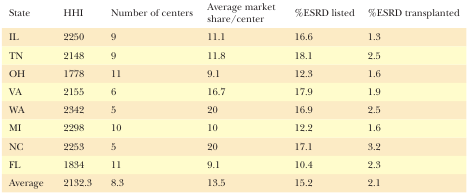
<table><thead><tr><td><b>State</b></td><td><b>HHI</b></td><td><b>Number of centers</b></td><td><b>Average market share/center</b></td><td><b>%ESRD listed</b></td><td><b>%ESRD transplanted</b></td></tr></thead><tbody><tr><td>IL</td><td>2250</td><td>9</td><td>11.1</td><td>16.6</td><td>1.3</td></tr><tr><td>TN</td><td>2148</td><td>9</td><td>11.8</td><td>18.1</td><td>2.5</td></tr><tr><td>OH</td><td>1778</td><td>11</td><td>9.1</td><td>12.3</td><td>1.6</td></tr><tr><td>VA</td><td>2155</td><td>6</td><td>16.7</td><td>17.9</td><td>1.9</td></tr><tr><td>WA</td><td>2342</td><td>5</td><td>20</td><td>16.9</td><td>2.5</td></tr><tr><td>MI</td><td>2298</td><td>10</td><td>10</td><td>12.2</td><td>1.6</td></tr><tr><td>NC</td><td>2253</td><td>5</td><td>20</td><td>17.1</td><td>3.2</td></tr><tr><td>FL</td><td>1834</td><td>11</td><td>9.1</td><td>10.4</td><td>2.3</td></tr><tr><td>Average</td><td>2132.3</td><td>8.3</td><td>13.5</td><td>15.2</td><td>2.1</td></tr></tbody></table>